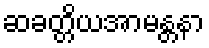
ဆခတ္တိယအာမန္တနာ